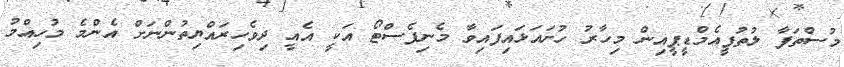
މުސްތަފާ ލުތުފީއެމްޑީޕީއިން މިހާރު ހުށައަޅައިފައިވާ މެނިފެސްޓޯ އަކީ އެއީ ދިވެހިރައްޔިތުންނަށް އެންމެ މުހިއްމު